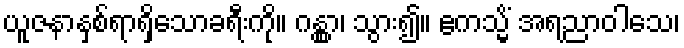
ယူဇနာနှစ်ရာရှိသောခရီးကို။ ဂန္တွာ၊ သွား၍။ ဧကသ္မိံ အရညာဝါသေ၊